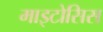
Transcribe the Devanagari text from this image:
माइटोसिस